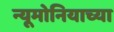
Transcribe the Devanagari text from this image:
न्यूमोनियाच्या